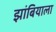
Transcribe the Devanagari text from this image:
झांबियाला